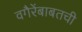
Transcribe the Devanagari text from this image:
वगैरेंबाबतची